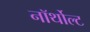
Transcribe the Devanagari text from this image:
नॉर्थोल्ट